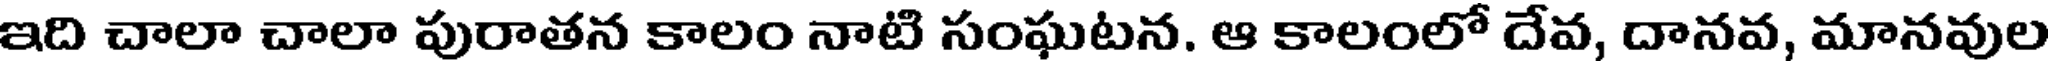
ఇది చాలా చాలా పురాతన కాలం నాటి సంఘటన. ఆ కాలంలో దేవ, దానవ, మానవుల